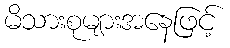
မိသားစုများအနေဖြင့်